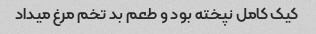
کیک کامل نپخته بود و طعم بد تخم مرغ میداد